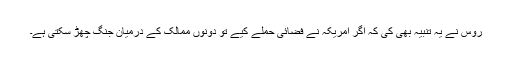
روس نے یہ تنبیہ بھی کی کہ اگر امریکہ نے فضائی حملے کیے تو دونوں ممالک کے درمیان جنگ چھڑ سکتی ہے۔